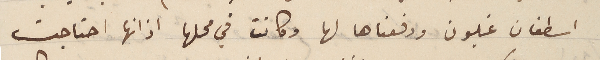
اسطفان غلبون ودفعناها لها وكانت في محلها اذ انها احتاجت